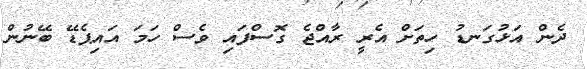
ދެން އަޅުގަނޑު ހިތަށް އެރީ ރާއްޖެ ގޮސްފައި ވެސް ހަމަ އައިޕެޑޭ ބޭނުން